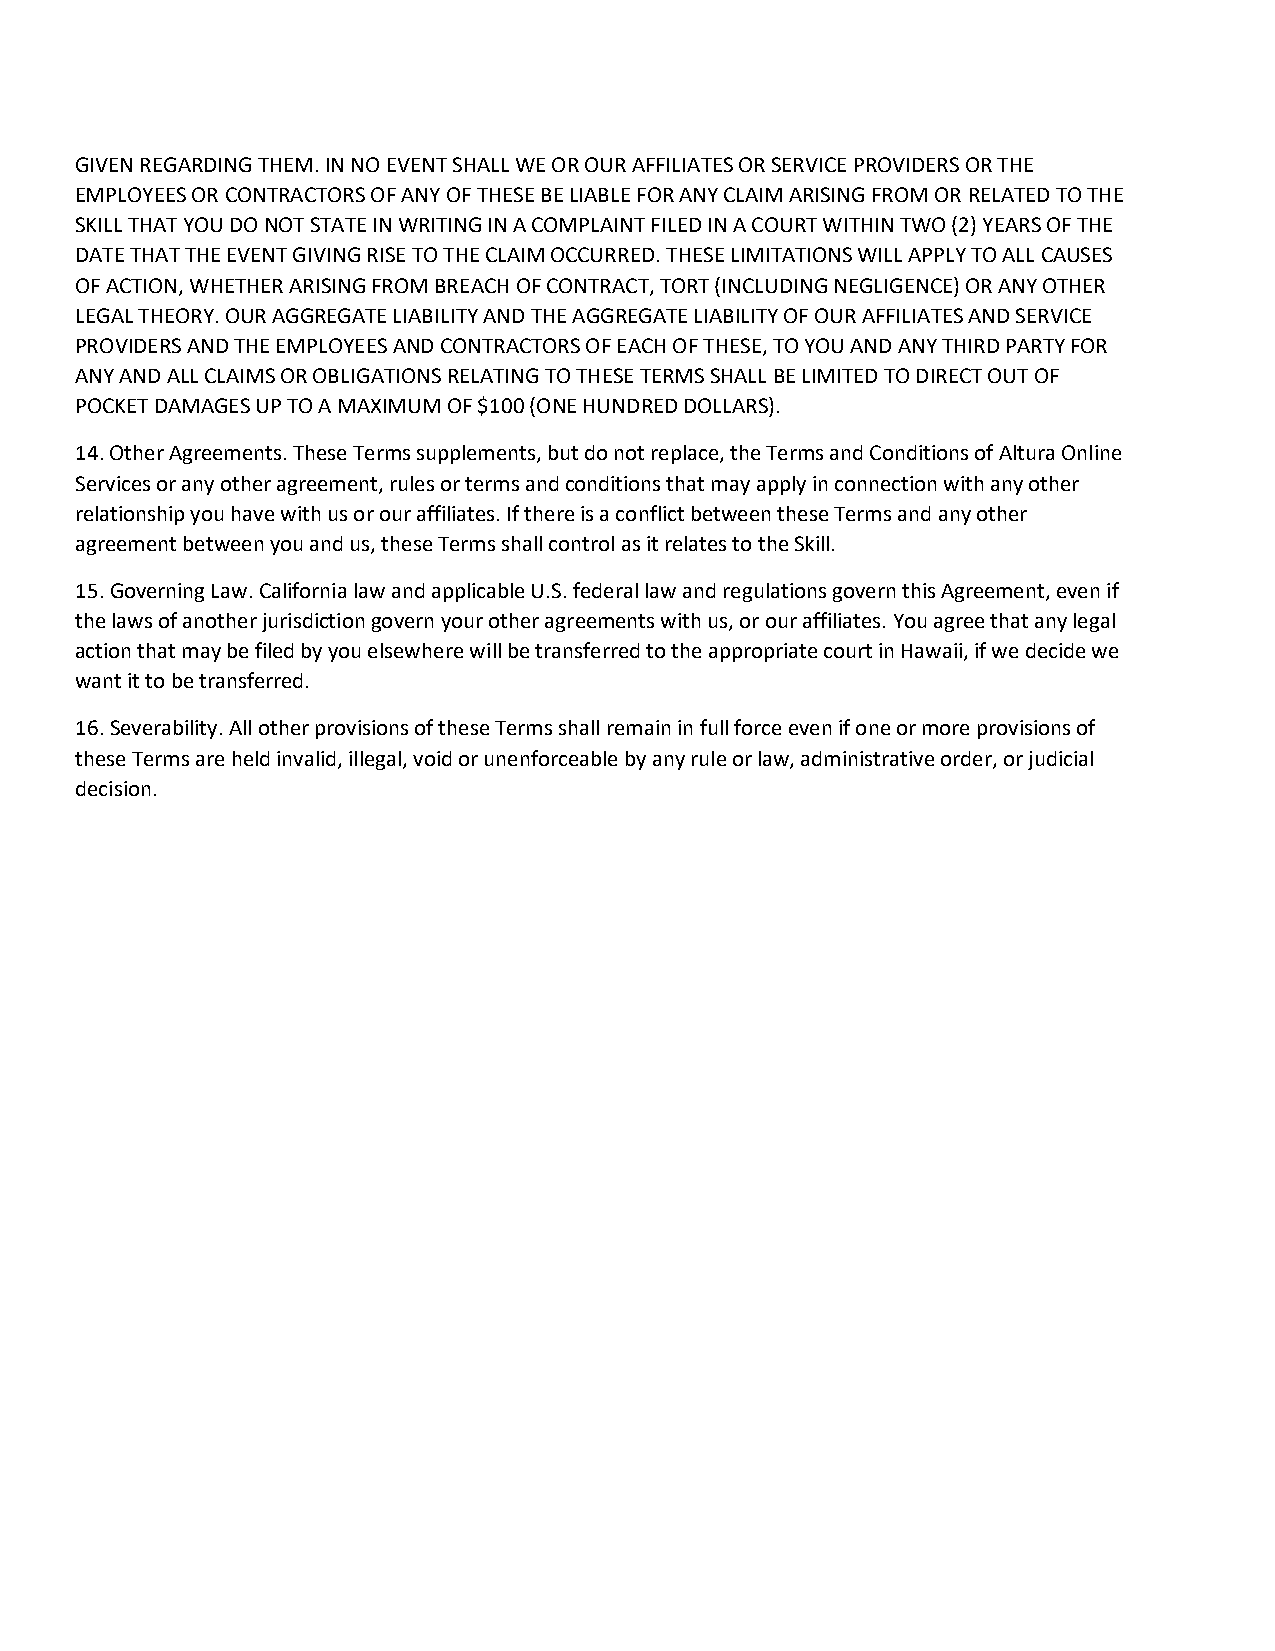
GIVEN REGARDING THEM. IN NO EVENT SHALL WE OR OUR AFFILIATES OR SERVICE PROVIDERS OR THE
 EMPLOYEES OR CONTRACTORS OF ANY OF THESE BE LIABLE FOR ANY CLAIM ARISING FROM OR RELATED TO THE
 SKILL THAT YOU DO NOT STATE IN WRITING IN A COMPLAINT FILED IN A COURT WITHIN TWO (2) YEARS OF THE
 DATE THAT THE EVENT GIVING RISE TO THE CLAIM OCCURRED. THESE LIMITATIONS WILL APPLY TO ALL CAUSES
 OF ACTION, WHETHER ARISING FROM BREACH OF CONTRACT, TORT (INCLUDING NEGLIGENCE) OR ANY OTHER
 LEGAL THEORY. OUR AGGREGATE LIABILITY AND THE AGGREGATE LIABILITY OF OUR AFFILIATES AND SERVICE
 PROVIDERS AND THE EMPLOYEES AND CONTRACTORS OF EACH OF THESE, TO YOU AND ANY THIRD PARTY FOR
 ANY AND ALL CLAIMS OR OBLIGATIONS RELATING TO THESE TERMS SHALL BE LIMITED TO DIRECT OUT OF
 POCKET DAMAGES UP TO A MAXIMUM OF $100 (ONE HUNDRED DOLLARS).
 14. Other Agreements. These Terms supplements, but do not replace, the Terms and Conditions of Altura Online
 Services or any other agreement, rules or terms and conditions that may apply in connection with any other
 relationship you have with us or our affiliates. If there is a conflict between these Terms and any other
 agreement between you and us, these Terms shall control as it relates to the Skill.
 15. Governing Law. California law and applicable U.S. federal law and regulations govern this Agreement, even if
 the laws of another jurisdiction govern your other agreements with us, or our affiliates. You agree that any legal
 action that may be filed by you elsewhere will be transferred to the appropriate court in Hawaii, if we decide we
 want it to be transferred.
 16. Severability. All other provisions of these Terms shall remain in full force even if one or more provisions of
 these Terms are held invalid, illegal, void or unenforceable by any rule or law, administrative order, or judicial
 decision.